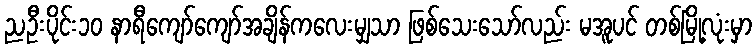
ညဦးပိုင်း၁၀ နာရီကျော်ကျော်အချိန်ကလေးမျှသာ ဖြစ်သေးသော်လည်း မအူပင် တစ်မြို့လုံးမှာ